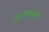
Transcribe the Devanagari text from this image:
सुतकातून